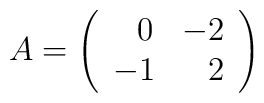
A= \left( \begin{array}{crcr}\:\:\: 0 & -2 \\  -1 & \:\: 2\end{array}\right)